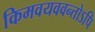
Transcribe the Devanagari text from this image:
किमवयववन्तोऽपि